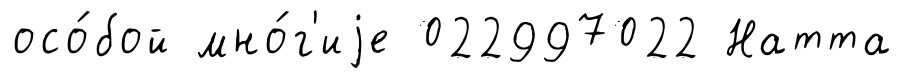
осо́бой мно́г'иjе 022997022 Натта